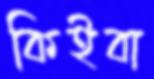
কিইবা